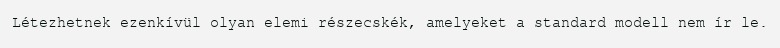
Létezhetnek ezenkívül olyan elemi részecskék, amelyeket a standard modell nem ír le.